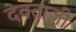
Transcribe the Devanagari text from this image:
देवताजी